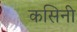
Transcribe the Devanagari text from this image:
कसिनी